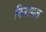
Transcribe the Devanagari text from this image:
किराकत